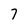
Character: 7